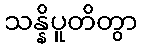
သန္နိပူတိတွာ